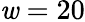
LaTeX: \mathit{w}=20